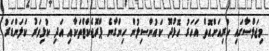
މިޖަލްސާގައި ކުރިއަށްއޮތް އަހަރު ހޮޅުދޫ ކައުންސިލުން ހިންގާނެ ޕްރޮޖެކްޓްތަކާއި އަދި ކުޅިވަރު ކަލަންޑަރު